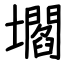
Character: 壛